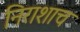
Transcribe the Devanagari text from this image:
निराशाच